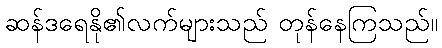
ဆန်ဒရေနို၏လက်များသည် တုန်နေကြသည်။